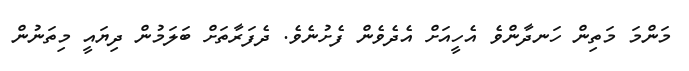
މަންމަ މަތިން ހަނދާންވެ އެހީއަށް އެދެވެން ފެށުނެވެ. ދެފަރާތަށް ބަލަމުން ދިޔައީ މިތަނުން